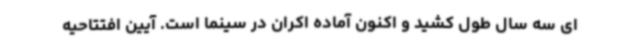
ای سه سال طول کشید و اکنون آماده اکران در سینما است. آیین افتتاحیه